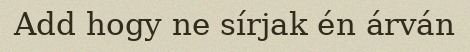
Add hogy ne sírjak én árván